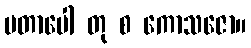
ပတာပေါ တု စ ကောသဇော။